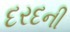
દરદની